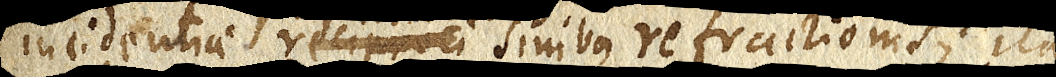
incidentiae reciproci sinibus refractionis; ita